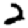
Digit: 2